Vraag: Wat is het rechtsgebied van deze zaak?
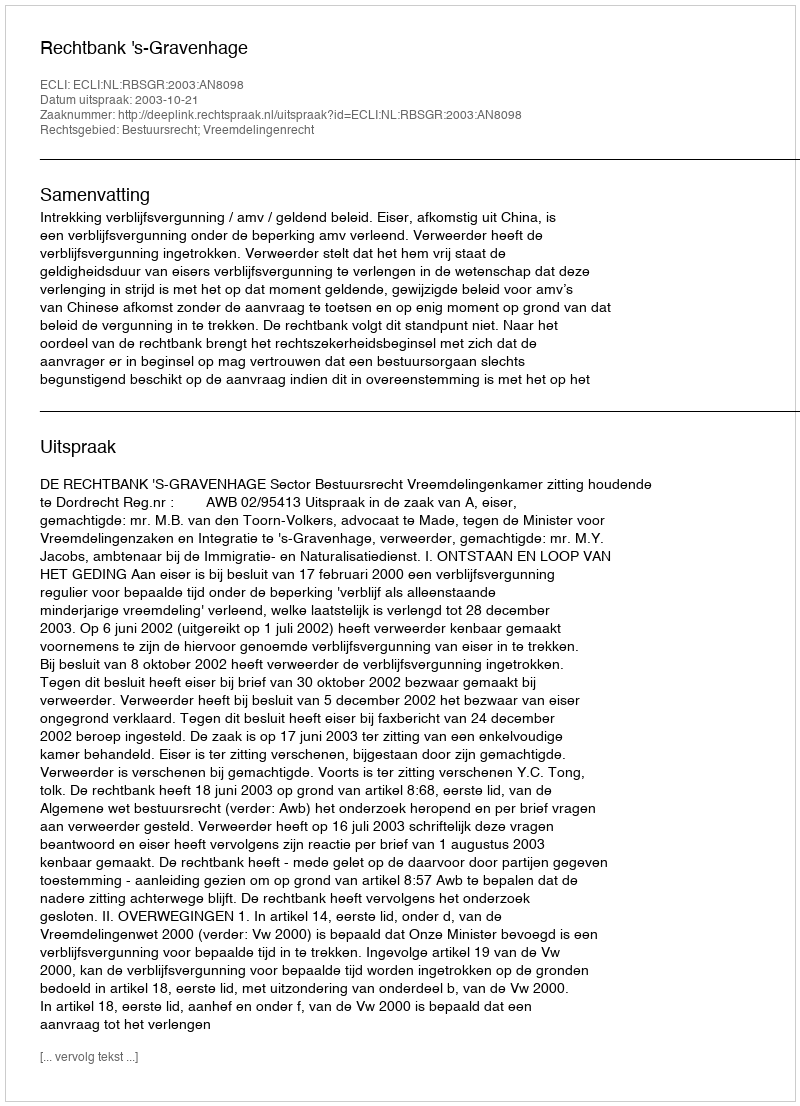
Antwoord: Bestuursrecht; Vreemdelingenrecht